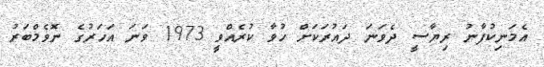
އެމަނިކުފާނު ރިޔާސީ ދެވަނަ ދައުރަކަށް ހުވާ ކުރެއްވީ 1973 ވަނަ އަހަރުގެ ނޮވެމްބަރު